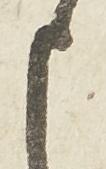
申